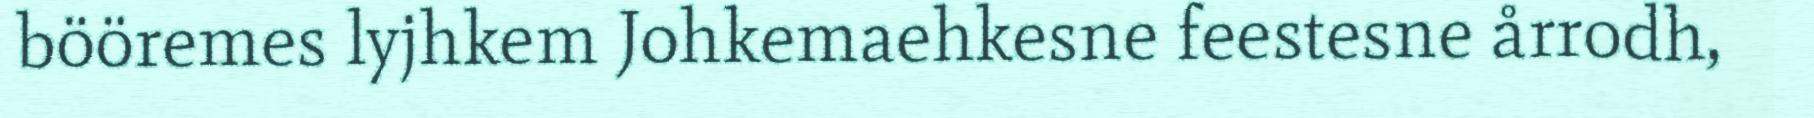
bööremes lyjhkem Johkemaehkesne feestesne årrodh,